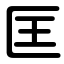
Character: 匡